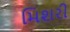
મિશરી